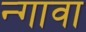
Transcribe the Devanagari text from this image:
न्गावा